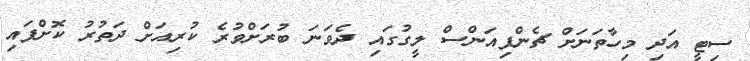
ސިޓީ އަދި މިހާތަނަށް ޗެންޕިއަންސް ލީގުގައި ދެވަނަ ބުރަށްވުރެ ކުރިއަށް ދަތުރު ކޮށްފައި